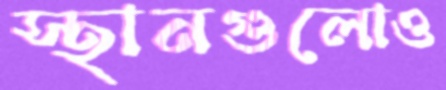
স্থানগুলোও